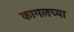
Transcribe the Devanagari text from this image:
कागलच्या